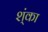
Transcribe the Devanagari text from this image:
श्ंका